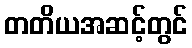
တတိယအဆင့်တွင်